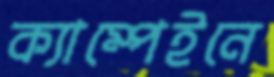
ক্যাম্পেইনে